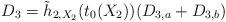
LaTeX: \begin{align*}D_3 = \tilde h_{2,X_2}(t_0(X_2)) ( D_{3,a}+D_{3,b})\end{align*}